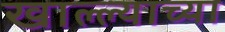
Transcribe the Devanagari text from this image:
खाल्ल्याच्या